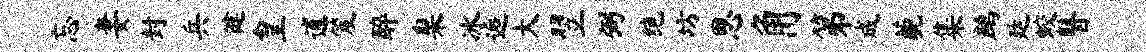
忘妻封兵健皇逋笈醉臬冰逅大翌弼绝坊思角第成藐集鹧廷蛟瞽